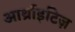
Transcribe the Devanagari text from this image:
आर्थ्राइटिज़